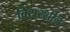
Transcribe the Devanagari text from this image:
विसरशील